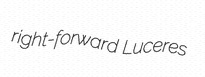
right-forward Luceres